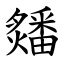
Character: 㸋